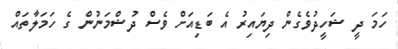
ހަމަ ދީ ޝަހީދުވެގެން ދިޔައިރު އެ ބަޑިއަށް ވެސް ދުޝްމަނުން ގެ ހަމަލާތައް